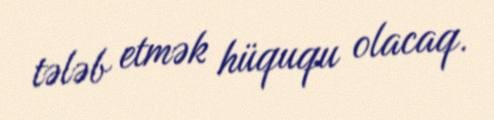
tələb etmək hüququ olacaq.